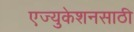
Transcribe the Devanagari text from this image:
एज्युकेशनसाठी